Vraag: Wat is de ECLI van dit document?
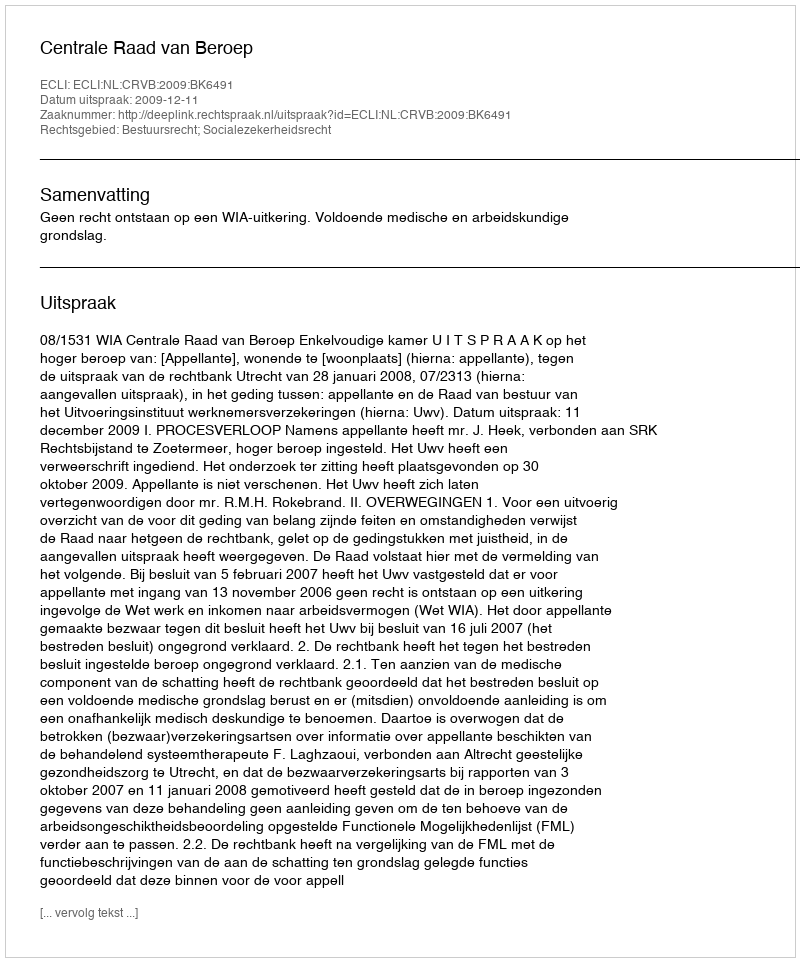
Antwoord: ECLI:NL:CRVB:2009:BK6491